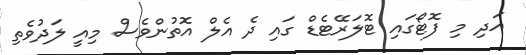
އަދި މި ފޮޓޯގައި ޓޮލަރޭޓެޑް ގައި ދެ އެލް އޮތުންވެސް މިއީ ލަދުވެތި